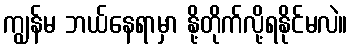
ကျွန်မ ဘယ်နေရာမှာ နို့တိုက်လို့ရနိုင်မလဲ။